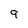
Character: 9